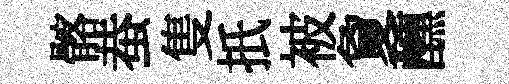
髂蛬隻扺被夐醺